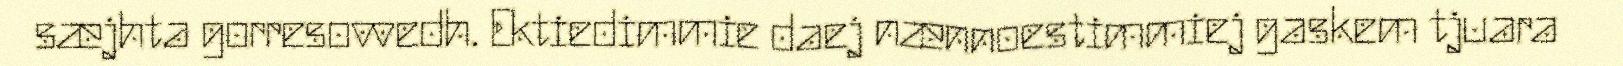
sæjhta gorresovvedh. Ektiedimmie daej nænnoestimmiej gaskem tjuara